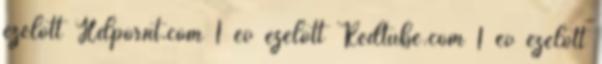
ezelőtt Hdpornt.com 1 év ezelőtt Redtube.com 1 év ezelőtt